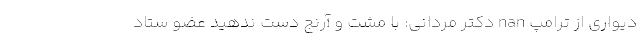
دیواری از ترامپ nan دکتر مردانی: با مشت و آرنج دست ندهید عضو ستاد